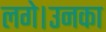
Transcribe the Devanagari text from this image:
लगे।उनका